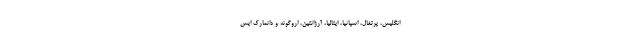
انگلیس، پرتغال، اسپانیا، ایتالیا، آرژانتین، اروگوئه و دانمارک ایس